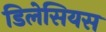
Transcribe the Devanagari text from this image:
डिलेसियस